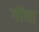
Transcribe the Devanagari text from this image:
गोंघा